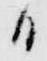
日